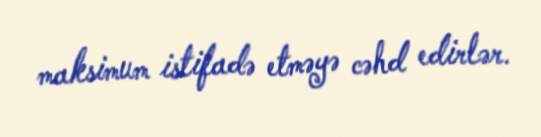
maksimum istifadə etməyə cəhd edirlər.